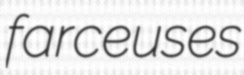
farceuses